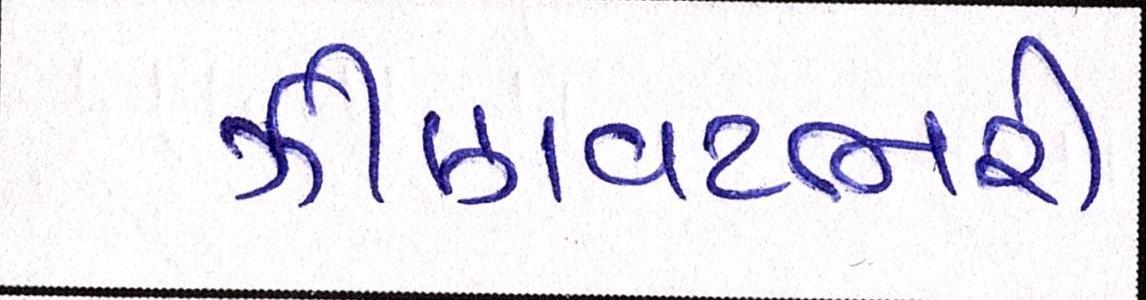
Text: ઝીણવટભરી